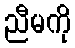
ညီမကို